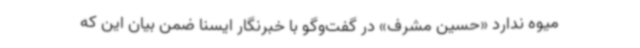
میوه ندارد «حسین مشرف» در گفت‌وگو با خبرنگار ایسنا ضمن بیان این که